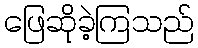
ဖြေဆိုခဲ့ကြသည်